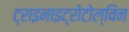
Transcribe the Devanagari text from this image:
ट्राइनाइट्रोटोल्विन